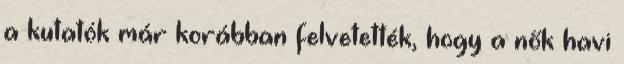
a kutatók már korábban felvetették, hogy a nők havi